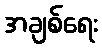
အချစ်ရေး